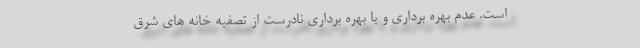
است. عدم بهره برداری و یا بهره برداری نادرست از تصفیه خانه های شرق